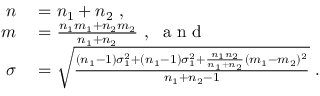
\begin{array} { r l } { n } & { { } = n _ { 1 } + n _ { 2 } \ , } \\ { m } & { { } = \frac { n _ { 1 } m _ { 1 } + n _ { 2 } m _ { 2 } } { n _ { 1 } + n _ { 2 } } \ , \ \mathrm { ~ a ~ n ~ d ~ } } \\ { \sigma } & { { } = \sqrt { \frac { ( n _ { 1 } - 1 ) \sigma _ { 1 } ^ { 2 } + ( n _ { 1 } - 1 ) \sigma _ { 1 } ^ { 2 } + \frac { n _ { 1 } n _ { 2 } } { n _ { 1 } + n _ { 2 } } ( m _ { 1 } - m _ { 2 } ) ^ { 2 } } { n _ { 1 } + n _ { 2 } - 1 } } \ . } \end{array}